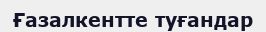
Ғазалкентте туғандар